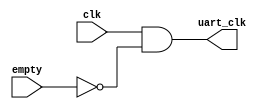
module UART_clk
(
	input		clk,
	input		empty,
	output	uart_clk
);

	assign uart_clk = clk&&!empty;
	
endmodule